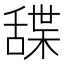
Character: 䑜